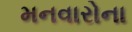
મનવારોના